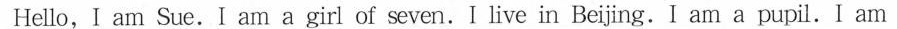
Hello,I am Sue.I am a girl of seven. I live in Beijing.I am a pupil.I am